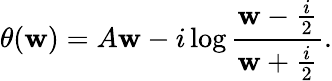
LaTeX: \theta(\mathbf{w})=A\mathbf{w}-i\log{\frac{{\mathbf{w}-{\frac{{i}}{{2}}}}}{{\mathbf{w}+{\frac{{i}}{{2}}}}}}.